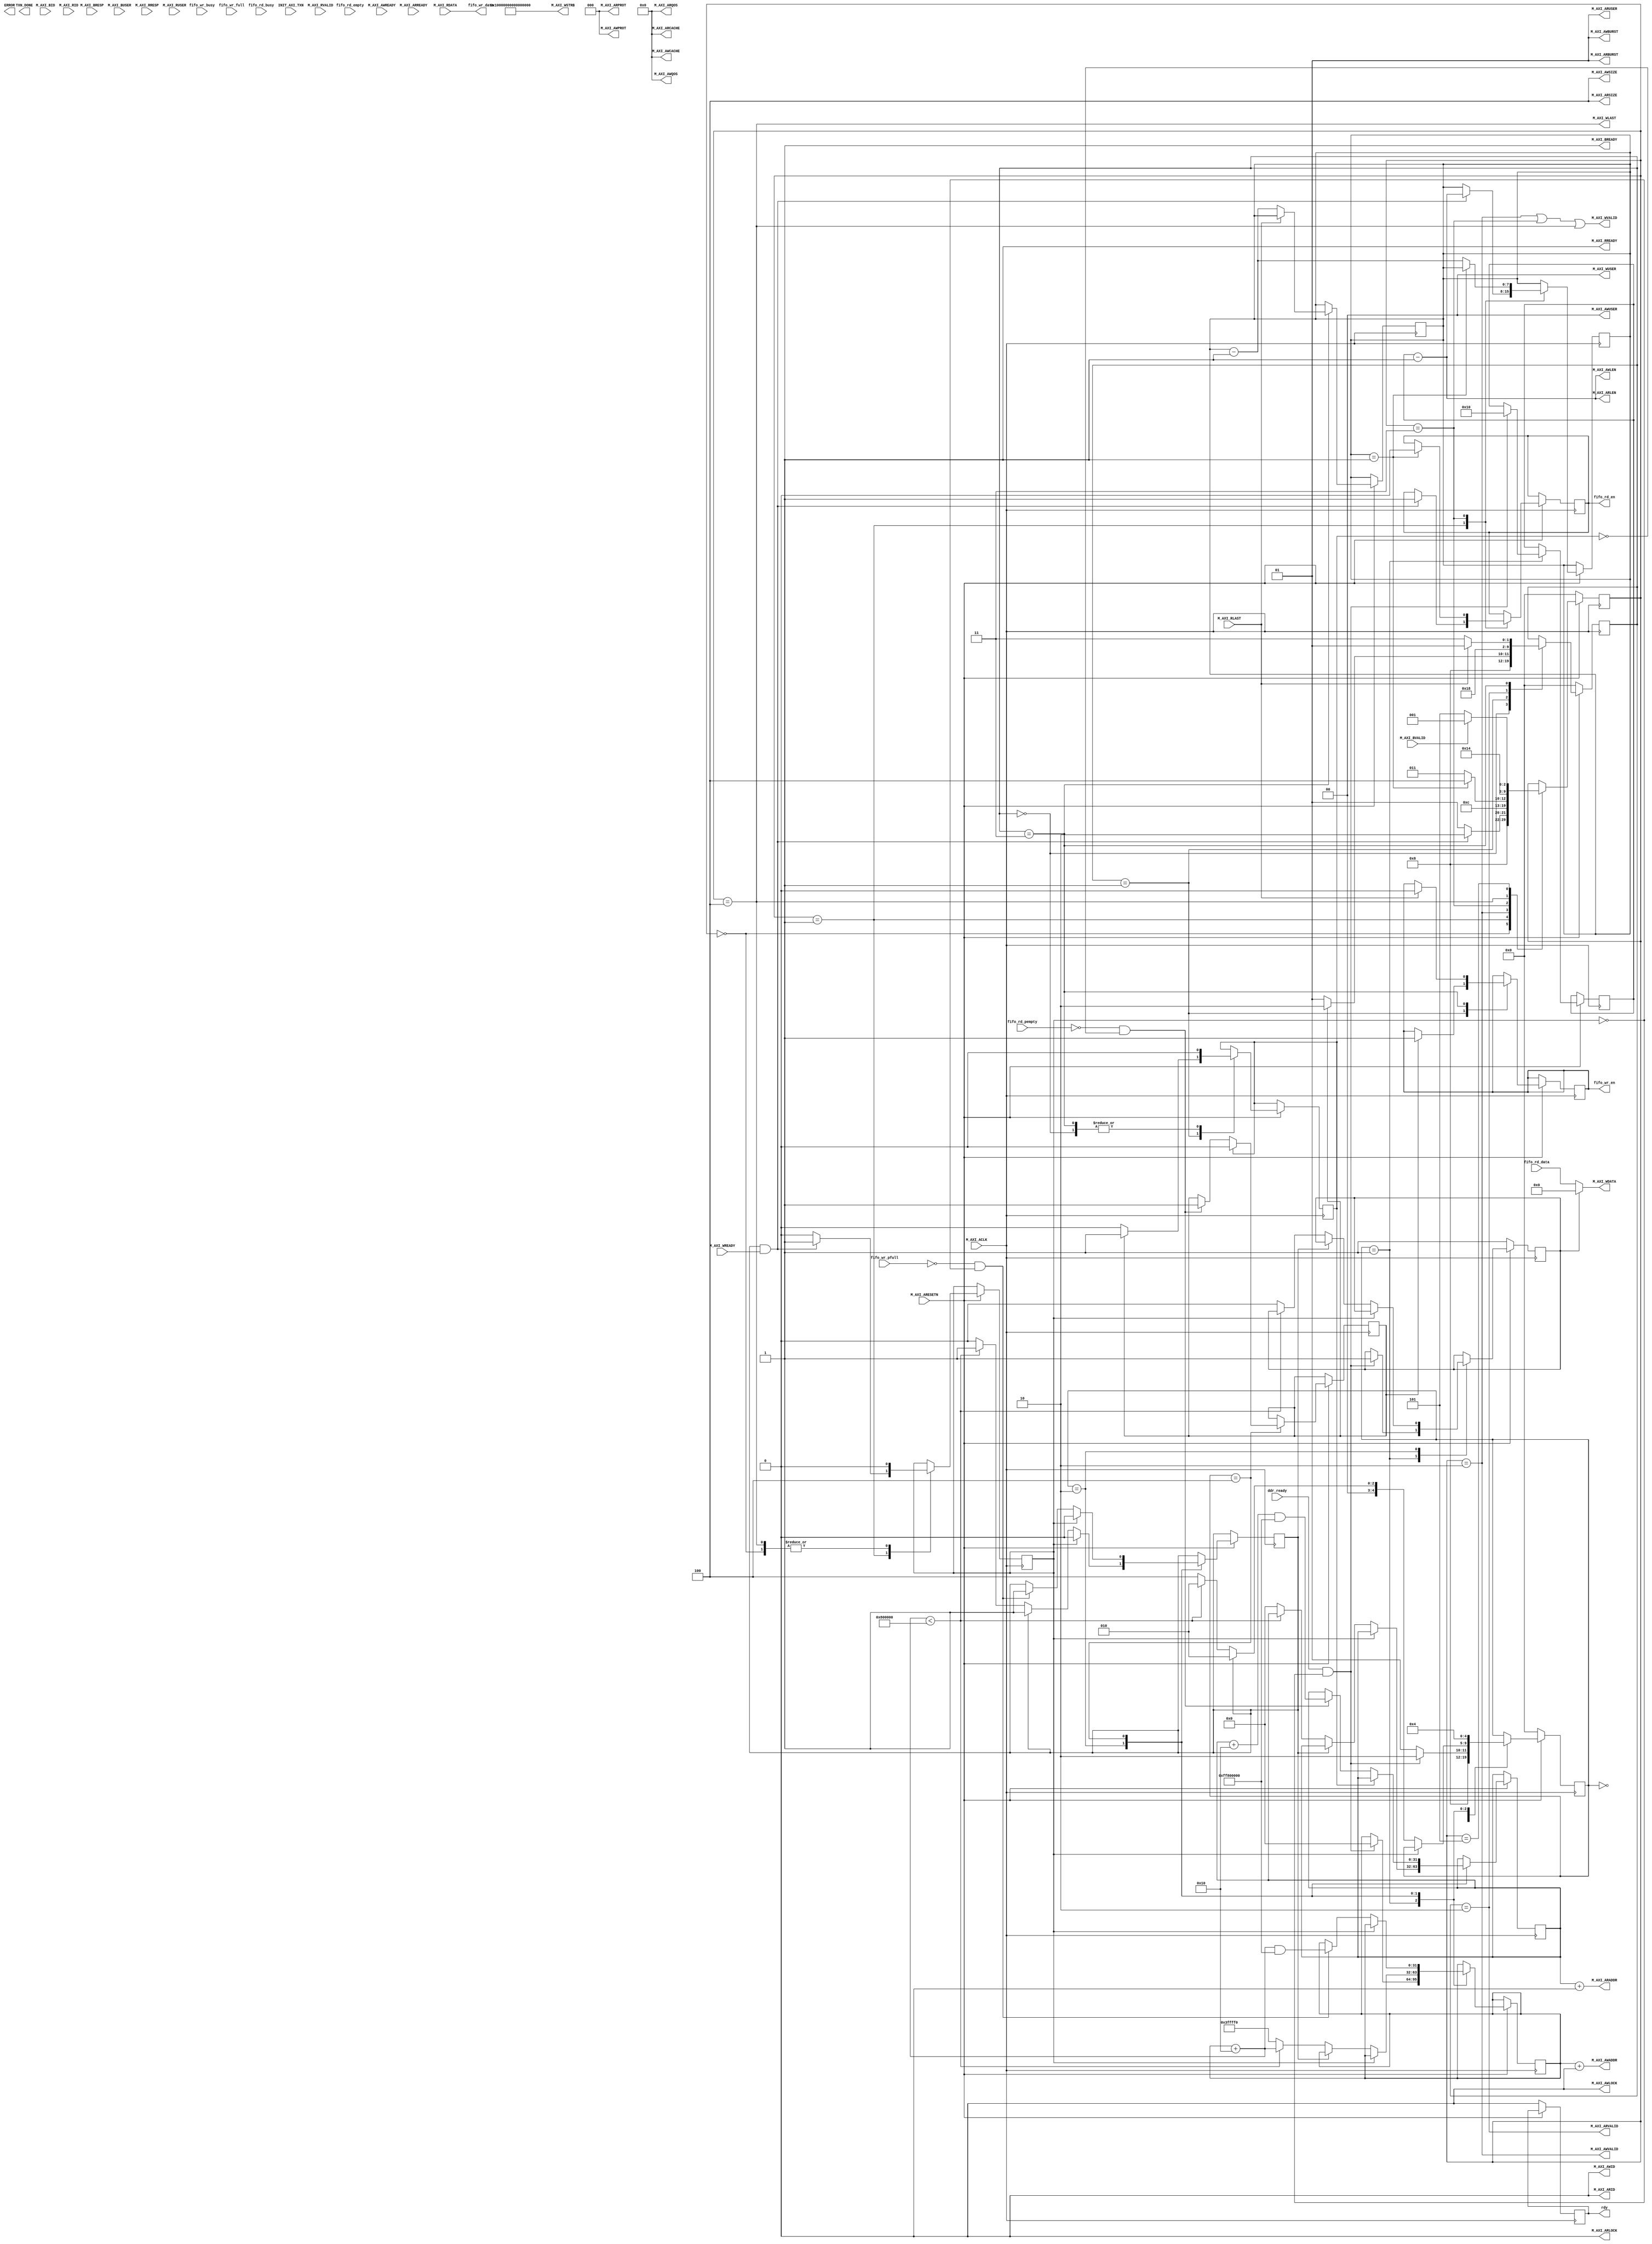
module RFDDRDelayLine_v1_0_DDR_AXI #
	(
		// Users to add parameters here
        parameter C_DDR_WINDOW_BASE = 32'h0000_0000,
        parameter C_DDR_WINDOW_SIZE = 32'h0080_0000,
		// User parameters ends
		// Do not modify the parameters beyond this line

		// Base address of targeted slave
		parameter  C_M_TARGET_SLAVE_BASE_ADDR	= 32'h40000000,
		// Burst Length. Supports 1, 2, 4, 8, 16, 32, 64, 128, 256 burst lengths
		parameter integer C_M_AXI_BURST_LEN	= 16,
		// Thread ID Width
		parameter integer C_M_AXI_ID_WIDTH	= 1,
		// Width of Address Bus
		parameter integer C_M_AXI_ADDR_WIDTH	= 32,
		// Width of Data Bus
		parameter integer C_M_AXI_DATA_WIDTH	= 512,
		// Width of User Write Address Bus
		parameter integer C_M_AXI_AWUSER_WIDTH	= 0,
		// Width of User Read Address Bus
		parameter integer C_M_AXI_ARUSER_WIDTH	= 0,
		// Width of User Write Data Bus
		parameter integer C_M_AXI_WUSER_WIDTH	= 0,
		// Width of User Read Data Bus
		parameter integer C_M_AXI_RUSER_WIDTH	= 0,
		// Width of User Response Bus
		parameter integer C_M_AXI_BUSER_WIDTH	= 0
	)
	(
		// Users to add ports here
	    input wire ddr_ready,
	    output reg rdy,

        output reg fifo_wr_en,
        input wire fifo_wr_busy,
        output wire [C_M_AXI_DATA_WIDTH-1 : 0] fifo_wr_data,
        input wire fifo_wr_full,
        input wire fifo_wr_pfull,

        output reg fifo_rd_en,
        input wire fifo_rd_busy,
        input wire [C_M_AXI_DATA_WIDTH-1 : 0] fifo_rd_data,
        input wire fifo_rd_pempty,
        input wire fifo_rd_empty,  
		// User ports ends
		// Do not modify the ports beyond this line

		// Initiate AXI transactions
		input wire  INIT_AXI_TXN,
		// Asserts when transaction is complete
		output wire  TXN_DONE,
		// Asserts when ERROR is detected
		output reg  ERROR,
		// Global Clock Signal.
		input wire  M_AXI_ACLK,
		// Global Reset Singal. This Signal is Active Low
		input wire  M_AXI_ARESETN,
		// Master Interface Write Address ID
		output wire [C_M_AXI_ID_WIDTH-1 : 0] M_AXI_AWID,
		// Master Interface Write Address
		output wire [C_M_AXI_ADDR_WIDTH-1 : 0] M_AXI_AWADDR,
		// Burst length. The burst length gives the exact number of transfers in a burst
		output wire [7 : 0] M_AXI_AWLEN,
		// Burst size. This signal indicates the size of each transfer in the burst
		output wire [2 : 0] M_AXI_AWSIZE,
		// Burst type. The burst type and the size information, 
    // determine how the address for each transfer within the burst is calculated.
		output wire [1 : 0] M_AXI_AWBURST,
		// Lock type. Provides additional information about the
    // atomic characteristics of the transfer.
		output wire  M_AXI_AWLOCK,
		// Memory type. This signal indicates how transactions
    // are required to progress through a system.
		output wire [3 : 0] M_AXI_AWCACHE,
		// Protection type. This signal indicates the privilege
    // and security level of the transaction, and whether
    // the transaction is a data access or an instruction access.
		output wire [2 : 0] M_AXI_AWPROT,
		// Quality of Service, QoS identifier sent for each write transaction.
		output wire [3 : 0] M_AXI_AWQOS,
		// Optional User-defined signal in the write address channel.
		output wire [C_M_AXI_AWUSER_WIDTH-1 : 0] M_AXI_AWUSER,
		// Write address valid. This signal indicates that
    // the channel is signaling valid write address and control information.
		output wire  M_AXI_AWVALID,
		// Write address ready. This signal indicates that
    // the slave is ready to accept an address and associated control signals
		input wire  M_AXI_AWREADY,
		// Master Interface Write Data.
		output wire [C_M_AXI_DATA_WIDTH-1 : 0] M_AXI_WDATA,
		// Write strobes. This signal indicates which byte
    // lanes hold valid data. There is one write strobe
    // bit for each eight bits of the write data bus.
		output wire [C_M_AXI_DATA_WIDTH/8-1 : 0] M_AXI_WSTRB,
		// Write last. This signal indicates the last transfer in a write burst.
		output wire  M_AXI_WLAST,
		// Optional User-defined signal in the write data channel.
		output wire [C_M_AXI_WUSER_WIDTH-1 : 0] M_AXI_WUSER,
		// Write valid. This signal indicates that valid write
    // data and strobes are available
		output wire  M_AXI_WVALID,
		// Write ready. This signal indicates that the slave
    // can accept the write data.
		input wire  M_AXI_WREADY,
		// Master Interface Write Response.
		input wire [C_M_AXI_ID_WIDTH-1 : 0] M_AXI_BID,
		// Write response. This signal indicates the status of the write transaction.
		input wire [1 : 0] M_AXI_BRESP,
		// Optional User-defined signal in the write response channel
		input wire [C_M_AXI_BUSER_WIDTH-1 : 0] M_AXI_BUSER,
		// Write response valid. This signal indicates that the
    // channel is signaling a valid write response.
		input wire  M_AXI_BVALID,
		// Response ready. This signal indicates that the master
    // can accept a write response.
		output wire  M_AXI_BREADY,
		// Master Interface Read Address.
		output wire [C_M_AXI_ID_WIDTH-1 : 0] M_AXI_ARID,
		// Read address. This signal indicates the initial
    // address of a read burst transaction.
		output wire [C_M_AXI_ADDR_WIDTH-1 : 0] M_AXI_ARADDR,
		// Burst length. The burst length gives the exact number of transfers in a burst
		output wire [7 : 0] M_AXI_ARLEN,
		// Burst size. This signal indicates the size of each transfer in the burst
		output wire [2 : 0] M_AXI_ARSIZE,
		// Burst type. The burst type and the size information, 
    // determine how the address for each transfer within the burst is calculated.
		output wire [1 : 0] M_AXI_ARBURST,
		// Lock type. Provides additional information about the
    // atomic characteristics of the transfer.
		output wire  M_AXI_ARLOCK,
		// Memory type. This signal indicates how transactions
    // are required to progress through a system.
		output wire [3 : 0] M_AXI_ARCACHE,
		// Protection type. This signal indicates the privilege
    // and security level of the transaction, and whether
    // the transaction is a data access or an instruction access.
		output wire [2 : 0] M_AXI_ARPROT,
		// Quality of Service, QoS identifier sent for each read transaction
		output wire [3 : 0] M_AXI_ARQOS,
		// Optional User-defined signal in the read address channel.
		output wire [C_M_AXI_ARUSER_WIDTH-1 : 0] M_AXI_ARUSER,
		// Write address valid. This signal indicates that
    // the channel is signaling valid read address and control information
		output wire  M_AXI_ARVALID,
		// Read address ready. This signal indicates that
    // the slave is ready to accept an address and associated control signals
		input wire  M_AXI_ARREADY,
		// Read ID tag. This signal is the identification tag
    // for the read data group of signals generated by the slave.
		input wire [C_M_AXI_ID_WIDTH-1 : 0] M_AXI_RID,
		// Master Read Data
		input wire [C_M_AXI_DATA_WIDTH-1 : 0] M_AXI_RDATA,
		// Read response. This signal indicates the status of the read transfer
		input wire [1 : 0] M_AXI_RRESP,
		// Read last. This signal indicates the last transfer in a read burst
		input wire  M_AXI_RLAST,
		// Optional User-defined signal in the read address channel.
		input wire [C_M_AXI_RUSER_WIDTH-1 : 0] M_AXI_RUSER,
		// Read valid. This signal indicates that the channel
    // is signaling the required read data.
		input wire  M_AXI_RVALID,
		// Read ready. This signal indicates that the master can
    // accept the read data and response information.
		output wire  M_AXI_RREADY
	);

if (0) begin
	// function called clogb2 that returns an integer which has the
	//value of the ceiling of the log base 2

	  // function called clogb2 that returns an integer which has the 
	  // value of the ceiling of the log base 2.                      
	  function integer clogb2 (input integer bit_depth);              
	  begin                                                           
	    for(clogb2=0; bit_depth>0; clogb2=clogb2+1)                   
	      bit_depth = bit_depth >> 1;                                 
	    end                                                           
	  endfunction                                                     

	// C_TRANSACTIONS_NUM is the width of the index counter for 
	// number of write or read transaction.
	 localparam integer C_TRANSACTIONS_NUM = clogb2(C_M_AXI_BURST_LEN-1);

	// Burst length for transactions, in C_M_AXI_DATA_WIDTHs.
	// Non-2^n lengths will eventually cause bursts across 4K address boundaries.
	 localparam integer C_MASTER_LENGTH	= 12;
	// total number of burst transfers is master length divided by burst length and burst size
	 localparam integer C_NO_BURSTS_REQ = C_MASTER_LENGTH-clogb2((C_M_AXI_BURST_LEN*C_M_AXI_DATA_WIDTH/8)-1);
	// Example State machine to initialize counter, initialize write transactions, 
	// initialize read transactions and comparison of read data with the 
	// written data words.


	// AXI4LITE signals
	//AXI4 internal temp signals
	reg [C_M_AXI_ADDR_WIDTH-1 : 0] 	axi_awaddr;
	reg  	axi_awvalid;
	reg [C_M_AXI_DATA_WIDTH-1 : 0] 	axi_wdata;
	reg  	axi_wlast;
	reg  	axi_wvalid;
	reg  	axi_bready;
	reg [C_M_AXI_ADDR_WIDTH-1 : 0] 	axi_araddr;
	reg  	axi_arvalid;
	reg  	axi_rready;
	//write beat count in a burst
	reg [C_TRANSACTIONS_NUM : 0] 	write_index;
	//read beat count in a burst
	reg [C_TRANSACTIONS_NUM : 0] 	read_index;
	//size of C_M_AXI_BURST_LEN length burst in bytes
	wire [C_TRANSACTIONS_NUM+2 : 0] 	burst_size_bytes;
	//The burst counters are used to track the number of burst transfers of C_M_AXI_BURST_LEN burst length needed to transfer 2^C_MASTER_LENGTH bytes of data.
	reg [C_NO_BURSTS_REQ : 0] 	write_burst_counter;
	reg [C_NO_BURSTS_REQ : 0] 	read_burst_counter;
	reg  	start_single_burst_write;
	reg  	start_single_burst_read;
	reg  	writes_done;
	reg  	reads_done;
	reg  	error_reg;
	reg  	compare_done;
	reg  	read_mismatch;
	reg  	burst_write_active;
	reg  	burst_read_active;
	reg [C_M_AXI_DATA_WIDTH-1 : 0] 	expected_rdata;
	//Interface response error flags
	wire  	write_resp_error;
	wire  	read_resp_error;
	wire  	wnext;
	wire  	rnext;
	reg  	init_txn_ff;
	reg  	init_txn_ff2;
	reg  	init_txn_edge;
	wire  	init_txn_pulse;


	// I/O Connections assignments

	//The AXI address is a concatenation of the target base address + active offset range
	assign M_AXI_AWADDR	= C_M_TARGET_SLAVE_BASE_ADDR + axi_awaddr;
	//Burst LENgth is number of transaction beats, minus 1
	assign M_AXI_AWLEN	= C_M_AXI_BURST_LEN - 1;
	//Size should be C_M_AXI_DATA_WIDTH, in 2^SIZE bytes, otherwise narrow bursts are used
	assign M_AXI_AWSIZE	= clogb2((C_M_AXI_DATA_WIDTH/8)-1);
	//INCR burst type is usually used, except for keyhole bursts
	//Read Address (AR)
	assign M_AXI_ARID	= 'b0;
	assign M_AXI_ARADDR	= C_M_TARGET_SLAVE_BASE_ADDR + axi_araddr;
	//Burst LENgth is number of transaction beats, minus 1
	assign M_AXI_ARLEN	= C_M_AXI_BURST_LEN - 1;
	//Size should be C_M_AXI_DATA_WIDTH, in 2^n bytes, otherwise narrow bursts are used
	assign M_AXI_ARSIZE	= clogb2((C_M_AXI_DATA_WIDTH/8)-1);
	//INCR burst type is usually used, except for keyhole bursts
	assign M_AXI_ARBURST	= 2'b01;
	assign M_AXI_ARLOCK	= 1'b0;
	//Update value to 4'b0011 if coherent accesses to be used via the Zynq ACP port. Not Allocated, Modifiable, not Bufferable. Not Bufferable since this example is meant to test memory, not intermediate cache. 
	assign M_AXI_ARCACHE	= 4'b0010;
	assign M_AXI_ARPROT	= 3'h0;
	assign M_AXI_ARQOS	= 4'h0;
	assign M_AXI_ARUSER	= 'b1;
	assign M_AXI_ARVALID	= axi_arvalid;
	//Read and Read Response (R)
	assign M_AXI_RREADY	= axi_rready;
	//Example design I/O
	assign TXN_DONE	= compare_done;
	//Burst size in bytes
	assign burst_size_bytes	= C_M_AXI_BURST_LEN * C_M_AXI_DATA_WIDTH/8;
	assign init_txn_pulse	= (!init_txn_ff2) && init_txn_ff;

end


	// Add user logic here
    
    localparam W_RESET  = 5'd0;
    localparam W_WAIT   = 5'd1;
    localparam W_BEGIN  = 5'd2;
    localparam W_XFER   = 5'd3;
    localparam W_FIN    = 5'd4;
    localparam W_BWAIT  = 5'd5;
    
    localparam R_RESET  = 5'd0;
    localparam R_WAIT   = 5'd1;
    localparam R_BEGIN  = 5'd2;
    localparam R_XFER   = 5'd3;
    localparam R_FIN    = 5'd4;
    localparam R_BWAIT  = 5'd5;

    
    reg [4:0] m_state;
    reg [4:0] r_state;
    reg [4:0] w_state;
    
    reg fill;
    reg wr_req;
    reg wr_ack;
    reg rd_req;
    reg rd_ack;
    reg [7:0] burst_len;
    reg [7:0] burst_cnt;
    reg [31:0] waddr;
    reg [31:0] raddr;

	assign M_AXI_AWID = 0;
	assign M_AXI_AWADDR = waddr + C_DDR_WINDOW_BASE;
	assign M_AXI_AWSIZE = 3'h4;
    assign M_AXI_AWLEN = burst_len - 1;	
    assign M_AXI_AWBURST = 2'h1; // INCR
    assign M_AXI_AWLOCK = 1'b0;
    assign M_AXI_AWCACHE = 4'h0;
    assign M_AXI_AWPROT = 3'h0;
    assign M_AXI_AWQOS = 4'h0;
    assign M_AXI_AWUSER = {C_M_AXI_AWUSER_WIDTH{1'b0}};
    assign M_AXI_AWVALID = (w_state == W_BEGIN);
    assign M_AXI_WDATA = fill ? 512'b0 : fifo_rd_data;
    assign M_AXI_WSTRB = {C_M_AXI_DATA_WIDTH/8{1'b1}};
    assign M_AXI_WVALID = ((w_state == W_BEGIN) || (w_state == W_XFER) || (w_state == W_FIN));
    assign M_AXI_WLAST = (w_state == W_FIN);
    assign M_AXI_WUSER = {C_M_AXI_WUSER_WIDTH{1'b0}};
    assign M_AXI_BREADY = 1'b1;

	assign M_AXI_ARID	= 0;
	assign M_AXI_ARADDR	= raddr + C_DDR_WINDOW_BASE;
	assign M_AXI_ARLEN  = burst_len - 1;
	assign M_AXI_ARSIZE	= 3'h4;
	assign M_AXI_ARBURST	= 2'b01; // INCR
	assign M_AXI_ARLOCK	= 1'b0;
	assign M_AXI_ARCACHE	= 4'b0000;
	assign M_AXI_ARPROT	= 3'h0;
	assign M_AXI_ARQOS	= 4'h0;
	assign M_AXI_ARUSER	= 'b1;
	assign M_AXI_ARVALID = (r_state == R_BEGIN);
	assign M_AXI_RREADY	= 1'b1;
    assign fifo_wr_data = M_AXI_RDATA;

    always @(posedge M_AXI_ACLK)
    begin
        if (~M_AXI_ARESETN) begin
            w_state <= W_RESET;
        end else begin
            case (w_state)
                W_RESET: begin
                    w_state <= W_WAIT;
                    wr_ack <= 1'b0;
                end
                W_WAIT: begin
                    if (wr_req && M_AXI_WREADY) begin
                        wr_ack <= 1'b1;
                        w_state <= W_BEGIN;
                        fifo_rd_en <= 1'b1;
                        burst_cnt <= burst_len - 1;
                    end else begin
                        wr_ack <= 1'b0;
                        w_state <= W_WAIT;
                    end
                end
                W_BEGIN: begin
                    w_state <= W_XFER;
                end
                W_XFER: begin
                    if (burst_cnt == 1) begin
                        fifo_rd_en <= 1'b0;
                        w_state <= W_FIN;
                    end else begin
                        burst_cnt <= burst_cnt - 1;
                        w_state <= W_XFER;
                    end
                end
                W_FIN: begin
                    wr_ack <= 1'b0;
                    w_state <= W_BWAIT;
                end    
                W_BWAIT: begin
                    if (M_AXI_BVALID) begin
                        // Check for error
                        w_state <= W_WAIT;
                    end else begin
                        w_state <= W_BWAIT;
                    end
                end
            endcase
        end
    end

    always @(posedge M_AXI_ACLK)
    begin
        if (~M_AXI_ARESETN) begin
            r_state <= W_RESET;
        end else begin
            case (r_state)
                R_RESET: begin
                    r_state <= W_WAIT;
                    rd_ack <= 1'b0;
                end
                R_WAIT: begin
                    if (rd_req && M_AXI_RREADY) begin
                        rd_ack <= 1'b1;
                        r_state <= W_BEGIN;
                        fifo_wr_en <= 1'b1;
                    end else begin
                        rd_ack <= 1'b0;
                        r_state <= W_WAIT;
                    end
                end
                R_BEGIN: begin
                    r_state <= R_XFER;
                end
                R_XFER: begin
                    rd_ack <= 1'b0;
                    if (M_AXI_RLAST == 1) begin
                        // CHeck RRESP
                        fifo_wr_en <= 1'b0;
                        r_state <= R_WAIT;
                    end else begin
                        burst_cnt <= burst_cnt - 1;
                        r_state <= R_XFER;
                    end
                end
            endcase
        end
    end
    
    localparam M_RESET = 5'd0;
    localparam M_INIT_WAIT = 5'd1;
    localparam M_INITIAL_FILL = 5'd2;
    localparam M_INITIAL_FILL_WAIT = 5'd3;
    localparam M_RUN = 5'd4;
    
    localparam delay_count = 32'h0040_0000;
    
    localparam BURST_LENGTH = 8'd16;
    
    always @(posedge M_AXI_ACLK)
    begin
        if (~M_AXI_ARESETN) begin
            m_state <= M_RESET;
            rdy <= 0;
            fill <= 1;
        end else begin
            case (m_state)
                M_RESET: begin
                    m_state <= M_INIT_WAIT;
                end
                M_INIT_WAIT: begin
                    if (ddr_ready && ~wr_ack) begin
                        waddr <= 0;
                        fill <= 1;
                        m_state <= M_INITIAL_FILL;
                        burst_len <= BURST_LENGTH;
                    end else begin
                        m_state <= M_INIT_WAIT;
                    end
                end
                M_INITIAL_FILL: begin
                    if (wr_ack) begin
                        wr_req <= 1'b0;
                    end else if (~wr_req) begin
                        if (waddr + BURST_LENGTH < C_DDR_WINDOW_SIZE) begin
                            waddr <= waddr + BURST_LENGTH;
                            m_state <= M_INITIAL_FILL;
                            wr_req <= 1;
                        end else begin
                            waddr <= delay_count - BURST_LENGTH;
                            raddr <= -BURST_LENGTH & ~(C_DDR_WINDOW_SIZE - 1);
                            raddr <= 0;
                            fill <= 0;
                            m_state <= M_RUN;
                        end
                    end else begin
                        // This is really an error...
                        m_state <= M_INITIAL_FILL;
                    end
                end
                M_RUN: begin
                    if (wr_ack) begin
                        wr_req <= 0;
                    end else if (~fifo_wr_pfull && ~wr_ack) begin
                        waddr <= (waddr + BURST_LENGTH) & ~(C_DDR_WINDOW_SIZE - 1);
                        wr_req <= 1;
                    end
                    
                    if (rd_ack) begin
                        rd_req <= 0;
                    end else if (~fifo_rd_pempty && ~rd_ack) begin
                        raddr <= (raddr + BURST_LENGTH) & ~(C_DDR_WINDOW_SIZE - 1);
                        rd_req <= 1;
                    end
                    
                    m_state <= M_RUN;
                end
            endcase
        end
    end
    
    
	// User logic ends

	endmodule